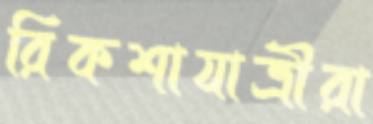
রিকশাযাত্রীরা